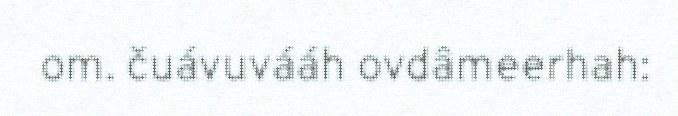
om. čuávuvááh ovdâmeerhah: